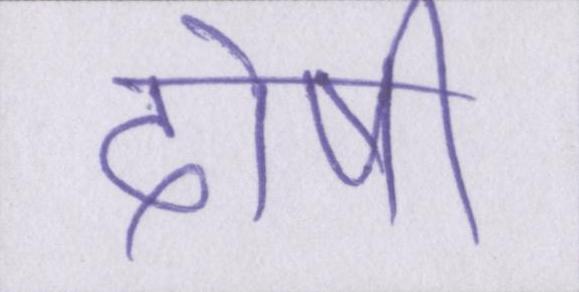
दोषी